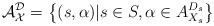
LaTeX: \begin{align*}\mathcal A_{\mathcal X}^{\mathcal D} = \left \{(s, \alpha)|s \in S, \alpha \in A_{X_s}^{D_s} \right \}\end{align*}